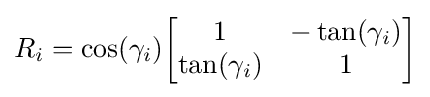
R_{i}=\cos(\gamma _{i}){\begin{bmatrix}1&-\tan(\gamma _{i})\\\tan(\gamma _{i})&1\end{bmatrix}}